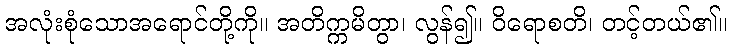
အလုံးစုံသောအရောင်တို့ကို။ အတိက္ကမိတွာ၊ လွန်၍။ ဝိရောစတိ၊ တင့်တယ်၏။